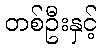
တစ်ဦးနှင့်